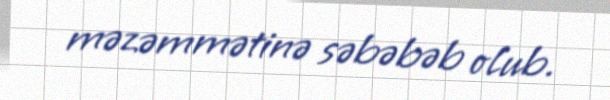
məzəmmətinə səbəbəb olub.